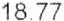
18.77